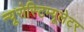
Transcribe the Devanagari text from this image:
न्यूरोस्टिम्यूलेटर